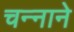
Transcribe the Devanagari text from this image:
चन्‍नाने